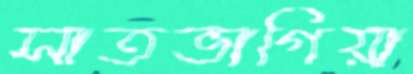
সাতভাগিয়া